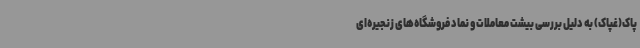
پاک(غپاک) به دلیل بررسی بیشت معاملات و نماد فروشگاه‌های زنجیره‌ای